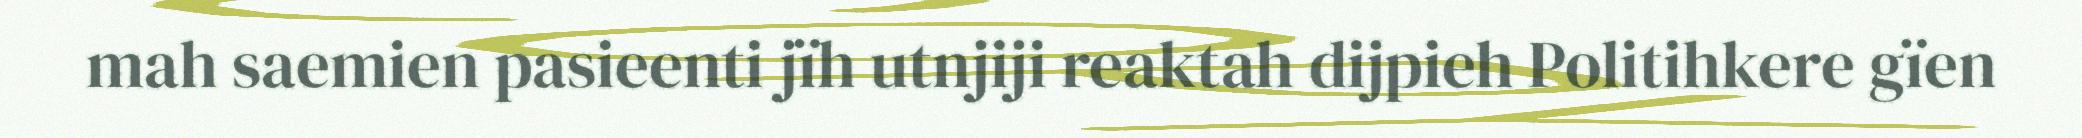
mah saemien pasieenti jïh utnjiji reaktah dijpieh Politihkere gïen